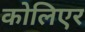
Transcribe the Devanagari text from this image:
कोलिएर